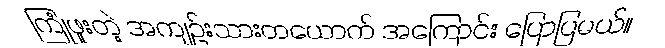
ကြုံဖူးတဲ့ အကျဉ်းသားတယောက် အကြောင်း ပြောပြမယ်။